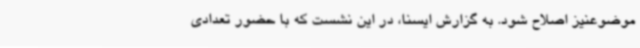
موضوعنیز اصلاح شود. به گزارش ایسنا، در این نشست که با حضور تعدادی